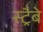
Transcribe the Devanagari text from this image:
स्ट्रैबे